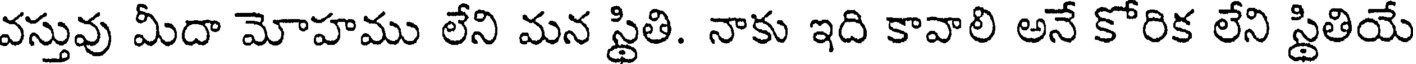
వస్తువు మీదా మోహము లేని మన స్థితి. నాకు ఇది కావాలి అనే కోరిక లేని స్థితియే